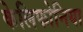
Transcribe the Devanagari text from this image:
केलिफोनिया